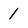
Character: 1